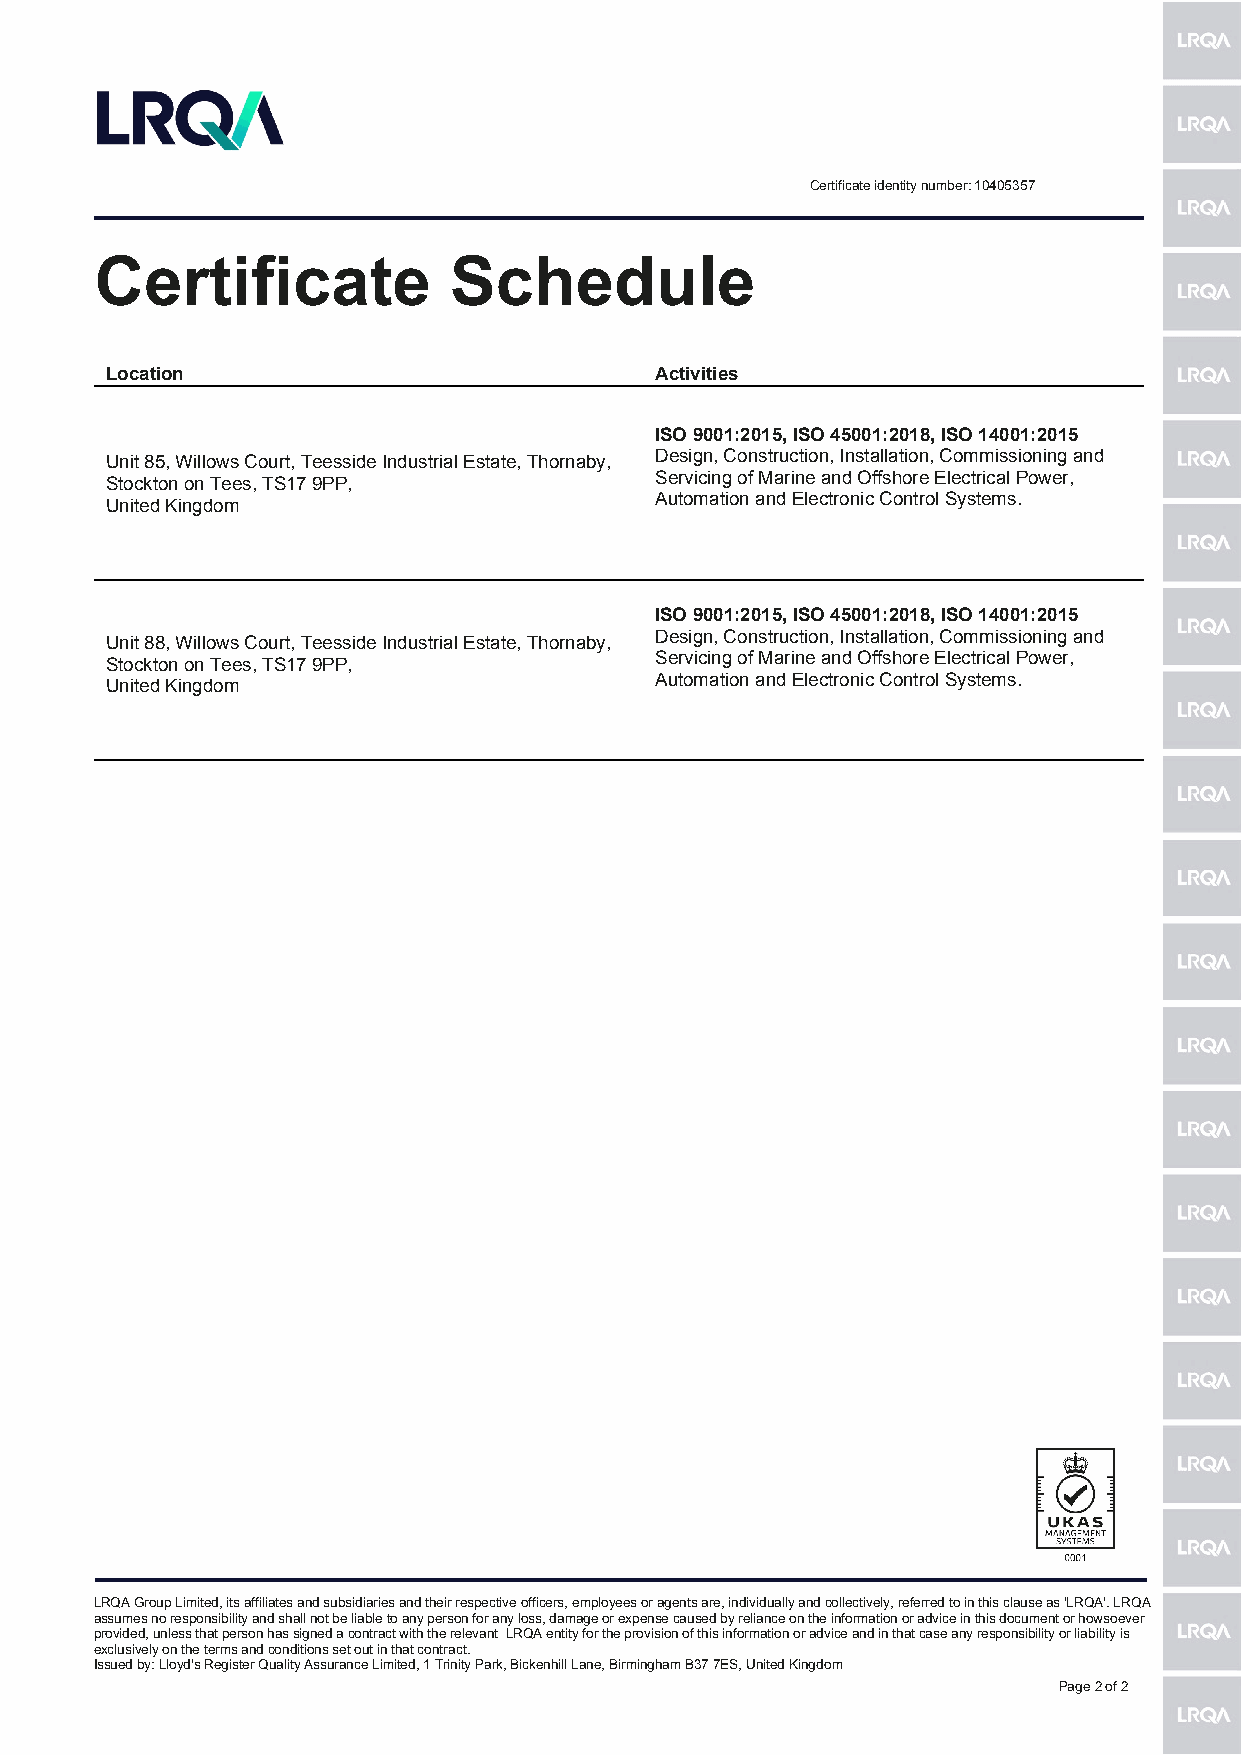
Certificate identity number: 10405357
 Certificate             Schedule
 Location                            Activities
 ISO 9001:2015, ISO 45001:2018, ISO 14001:2015
 Unit 85, Willows Court, Teesside Industrial Estate, Thornaby, Design, Construction, Installation, Commissioning and
 Stockton on Tees, TS17 9PP,         Servicing of Marine and Offshore Electrical Power,
 United Kingdom                      Automation and Electronic Control Systems.
 ISO 9001:2015, ISO 45001:2018, ISO 14001:2015
 Unit 88, Willows Court, Teesside Industrial Estate, Thornaby, Design, Construction, Installation, Commissioning and
 Stockton on Tees, TS17 9PP,         Servicing of Marine and Offshore Electrical Power,
 United Kingdom                      Automation and Electronic Control Systems.
 LRQA Group Limited, its affiliates and subsidiaries and their respective officers, employees or agents are, individually and collectively, referred to in this clause as 'LRQA'. LRQA
 assumes no responsibility and shall not be liable to any person for any loss, damage or expense caused by reliance on the information or advice in this document or howsoever
 provided, unless that person has signed a contract with the relevant LRQA entity for the provision of this information or advice and in that case any responsibility or liability is
 exclusively on the terms and conditions set out in that contract.
 Issued by: Lloyd's Register Quality Assurance Limited, 1 Trinity Park, Bickenhill Lane, Birmingham B37 7ES, United Kingdom
 Page 2 of 2